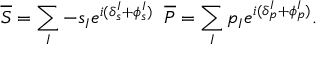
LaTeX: \overline { { { S } } } = \sum _ { I } - s _ { I } e ^ { i ( \delta _ { s } ^ { I } + \phi _ { s } ^ { I } ) } \; \; \overline { { { P } } } = \sum _ { I } p _ { I } e ^ { i ( \delta _ { p } ^ { I } + \phi _ { p } ^ { I } ) } .